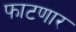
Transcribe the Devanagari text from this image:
फाटणार